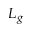
L _ { g }